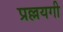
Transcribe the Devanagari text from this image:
प्रल्लयगी